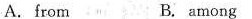
A.from B. among